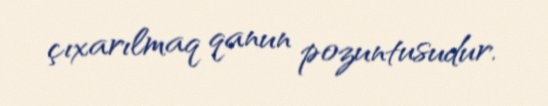
çıxarılmaq qanun pozuntusudur.